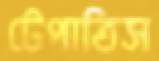
টেপাতিস